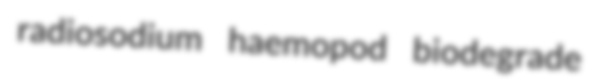
radiosodium haemopod biodegrade